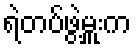
ရဲတပ်ဖွဲ့မှူးက